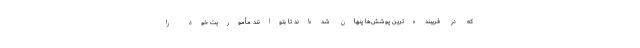
که در فریبنده‌ترین پوشش‌ها پنهان شده‌اند تا بتوانند مأموریت خود را